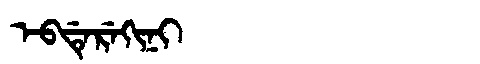
Manchu: ᡝᠪᡩᡝᡵᡝᡴᡳᠨᡳ
Romanization: EBDEREKINI